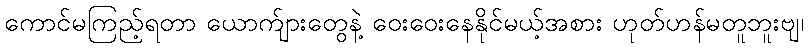
ကောင်မကြည့်ရတာ ယောက်ျားတွေနဲ့ ဝေးဝေးနေနိုင်မယ့်အစား ဟုတ်ဟန်မတူဘူးဗျ၊